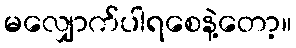
မလျှောက်ပါရစေနဲ့တော့။